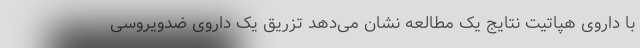
با داروی هپاتیت نتایج یک مطالعه نشان می‌دهد تزریق یک داروی ضدویروسی